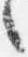
々